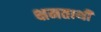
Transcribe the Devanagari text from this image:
क्षमताथी